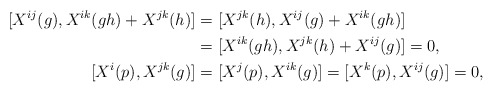
\begin{align*}[X^{ij}(g),X^{ik}(gh) + X^{jk}(h)]&=[ X^{jk}(h),X^{ij}(g)+X^{ik}(gh)]\endline&=[X^{ik}(gh), X^{jk}(h)+ X^{ij}(g)]=0,\endline[X^{i}(p),X^{jk}(g)]&=[X^{j}(p),X^{ik}(g)]=[X^{k}(p),X^{ij}(g)]=0,\end{align*}